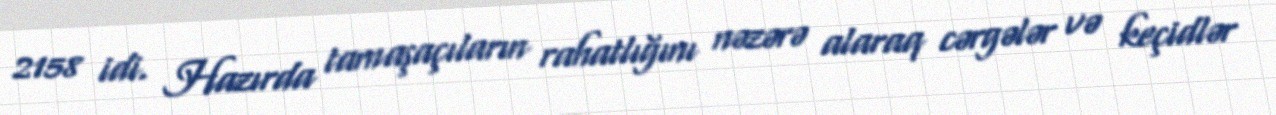
2158 idi. Hazırda tamaşaçıların rahatlığını nəzərə alaraq cərgələr və keçidlər